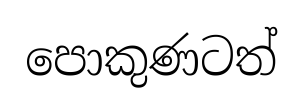
පොකුණටත්